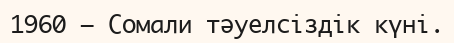
1960 — Сомали тәуелсiздiк күнi.